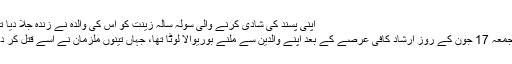
اپنی پسند کی شادی کرنے والی سولہ سالہ زینت کو اس کی والدہ نے زندہ جلا دیا تھا
’’جمعہ 17 جون کے روز ارشاد کافی عرصے کے بعد اپنے والدین سے ملنے بوریوالا لوٹا تھا، جہاں تینوں ملزمان نے اسے قتل کر دیا۔